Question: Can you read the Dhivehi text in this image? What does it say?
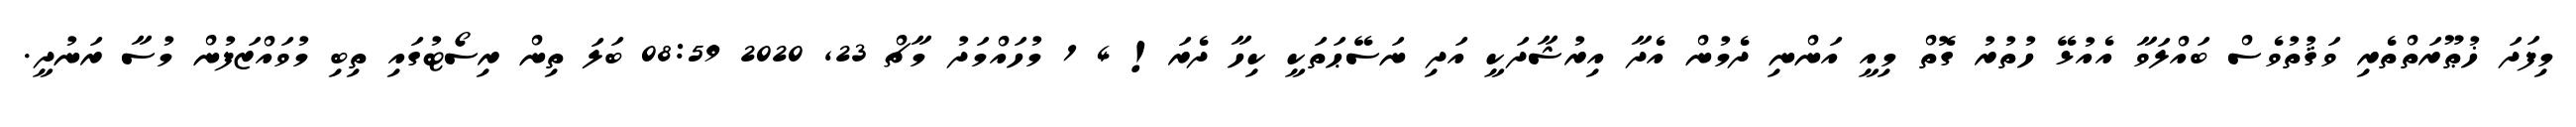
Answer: މިފަދަ ޚުޠޫރަތްތެރި ވަޤުތުވެސް ބައްލަވާ އެއުޅޭ ހުތުރު ގޮތް މިއީ އަންނި ދެމުން އެދާ އިރުޝާދަކީ އަދި ނަސޭޙަތަކީ ކިހާ ދެރަ! 4 1 މުހައްމަދު މާޗް 23, 2020 08:59 ބަލަ ތިން ރިސޯޓުގައި ތިބި މުވައްޒަފުން މުސާ ރަނުދީ.